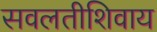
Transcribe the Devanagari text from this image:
सवलतीशिवाय